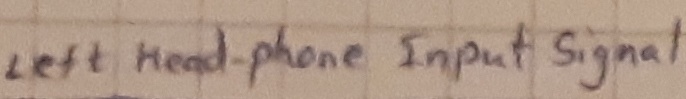
Text: left head-phone Input signal